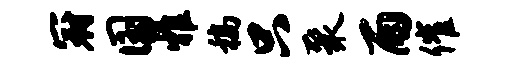
冠国雅稿只聚雨催